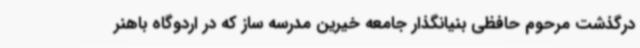
درگذشت مرحوم حافظی بنیانگذار جامعه خیرین مدرسه ساز که در اردوگاه باهنر